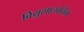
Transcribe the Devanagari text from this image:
विय्रुशालायिम